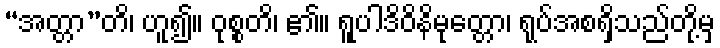
“အတ္တာ”တိ၊ ဟူ၍။ ဝုစ္စတိ၊ ၏။ ရူပါဒိဝိနိမုတ္တော၊ ရုပ်အစရှိသည်တို့မှ